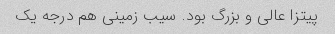
پیتزا عالی و بزرگ بود. سیب زمینی هم درجه یک